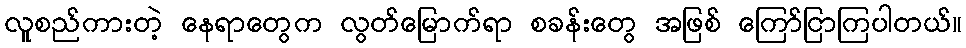
လူစည်ကားတဲ့ နေရာတွေက လွတ်မြောက်ရာ စခန်းတွေ အဖြစ် ကြော်ငြာကြပါတယ်။